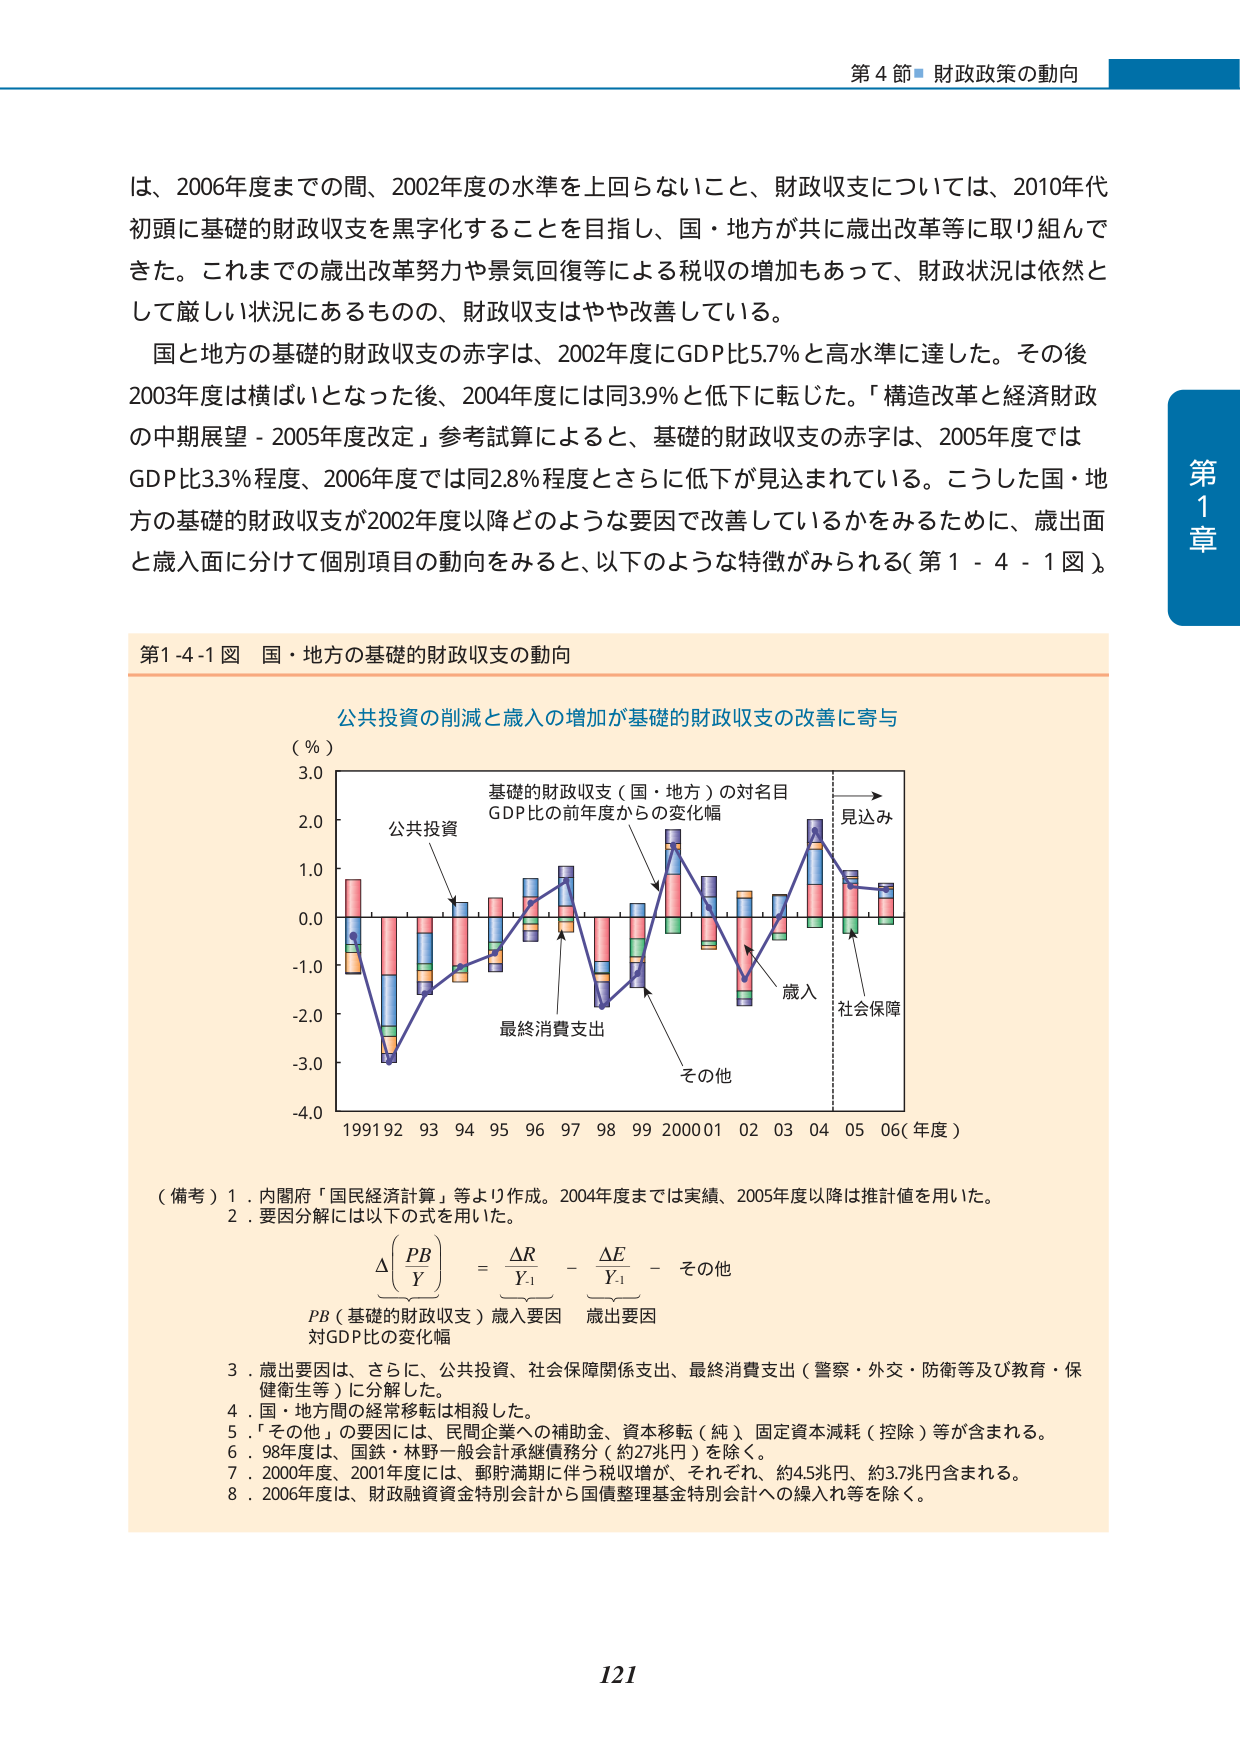
第4節 財政政策の動向

は、2006年度までの間、2002年度の水準を上回らないこと、財政収支については、2010年代初頭に基礎的財政収支を黒字化することを目指し、国・地方が共に歳出改革等に取り組んできた。これまでの歳出改革努力や景気回復等による税収の増加もあって、財政状況は依然として厳しい状況にあるものの、財政収支はやや改善している。

国と地方の基礎的財政収支の赤字は、2002年度にGDP比5.7％と高水準に達した。その後2003年度は横ばいとなった後、2004年度には同3.9％と低下に転じた。「構造改革と経済財政の中期展望－2005年度改定」参考試算によると、基礎的財政収支の赤字は、2005年度ではGDP比3.3％程度、2006年度では同2.8％程度とさらに低下が見込まれている。こうした国・地方の基礎的財政収支が2002年度以降どのような要因で改善しているかをみるために、歳出面と歳入面に分けて個別項目の動向をみると、以下のような特徴がみられる（第1-4-1図）。

第1-4-1図 国・地方の基礎的財政収支の動向

公共投資の削減と歳入の増加が基礎的財政収支の改善に寄与

（％）
3.0
2.0
1.0
0.0
-1.0
-2.0
-3.0
-4.0

1991 92 93 94 95 96 97 98 99 2000 01 02 03 04 05 06（年度）

基礎的財政収支（国・地方）の対名目GDP比の前年度からの変化幅

公共投資
最終消費支出
歳入
社会保障
その他

見込み

（備考）1．内閣府「国民経済計算」等より作成。2004年度までは実績、2005年度以降は推計値を用いた。
2．要因分解には以下の式を用いた。

Δ(PB/Y) = ΔR/Y₋₁ - ΔE/Y₋₁ - その他

PB（基礎的財政収支）歳入要因 歳出要因
対GDP比の変化幅

3．歳出要因は、さらに、公共投資、社会保障関係支出、最終消費支出（警察・外交・防衛等及び教育・保健衛生等）に分解した。
4．国・地方間の経常移転は相殺した。
5．「その他」の要因には、民間企業への補助金、資本移転（純）、固定資本減耗（控除）等が含まれる。
6．98年度は、国鉄・林野一般会計承継債務分（約27兆円）を除く。
7．2000年度、2001年度には、郵貯満期に伴う税収増が、それぞれ、約4.5兆円、約3.7兆円含まれる。
8．2006年度は、財政融資資金特別会計から国債整理基金特別会計への繰入れ等を除く。

第1章

121